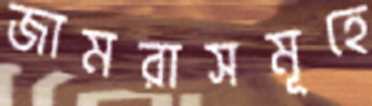
জামরাসমূহে